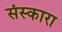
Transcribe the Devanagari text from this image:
संस्कारा